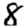
Digit: 8